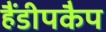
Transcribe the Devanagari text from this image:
हैंडीपकैप